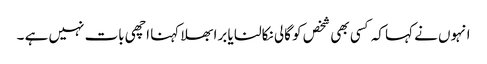
انہوں نے کہا کہ کسی بھی شخص کو گالی نکالنا یا برا بھلا کہنا اچھی بات نہیں ہے ۔